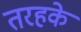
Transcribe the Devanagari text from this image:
तरहके